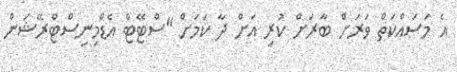
އެ މަސައްކަތް ވަރަށް ބާރަށް ކުރި އަށް ދާ ކަމަށް "ސްޓޭޓް އެޑްމިނިސްޓްރޭޝަން